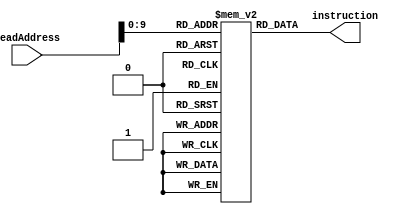
`timescale 1ns / 1ps
//////////////////////////////////////////////////////////////////////////////////
// Company: 
// Engineer: 
// 
// Design Name: 
// Module Name: memory
// Project Name: 
// Target Devices: 
// Tool Versions: 
// Description: 
// 
// Dependencies: 
// 
// Revision:
// Revision 0.01 - File Created
// Additional Comments:
// 
//////////////////////////////////////////////////////////////////////////////////


module instructionMemory #(parameter propDelay=2)(
    input [31:0] ReadAddress,
    output reg [31:0] instruction
    );
    
    
    reg [31:0] mem [1023:0];
    
    initial
    begin
        /*mem[0] = 'b00100000000010000000000000000101; //addi $t0,$zero,5
        mem[4] = 'b000000_00000_00000_0000_0000_0000_0000; //addi $t1,$zero,6
        //mem[8] = 'b000000_01000_01001_01010_00000_100000;  //add $t2,$t0,$t1
        mem[8] = 'b000000_00000_00000_0000_0000_0000_0000; //nop
        mem[12] = 'b000000_00000_00000_0000_0000_0000_0000; //nop
        mem[16] = 'b000000_00000_00000_0000_0000_0000_0000; //nop
        mem[20] = 'b000000_01000_01001_01010_00000_100000;  //add $t2,$t0,$t1
        mem[24] = 'b000000_00000_00000_0000_0000_0000_0000; //nop
        mem[28] = 'b000000_00000_00000_0000_0000_0000_0000; //nop
        mem[32] = 'b000000_00000_00000_0000_0000_0000_0000; //nop
        mem[36] = 'b101011_00000_01010_0000_0000_0000_0100; //sw $t2,4($zero)*/
        
        mem[0] = 'h200a0005;
        mem[4] = 'h200b0005;
        //mem[8] = 'b000000_01000_01001_01010_00000_100000;  //add $t2,$t0,$t1
        mem[8] = 'h200d0005;
        mem[12] = 'h200e0005;
        mem[16] = 'h200f0005;
        mem[20] = 'h20180005;
        mem[24] = 'h20190005;
        mem[28] ='h20080005;
        mem[32] = 'h012b5022;
        mem[36] = 'h014d7824;
        mem[40] = 'h01cac025;
        mem[44] = 'h014ac820;
        mem[48] = 'had480064;
    end
    
    always @(*)
    begin
        #propDelay instruction = mem[ReadAddress];
    end
    
    
endmodule